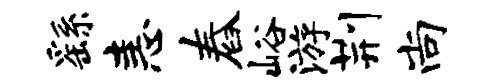
繇恚舂峪游荆尚